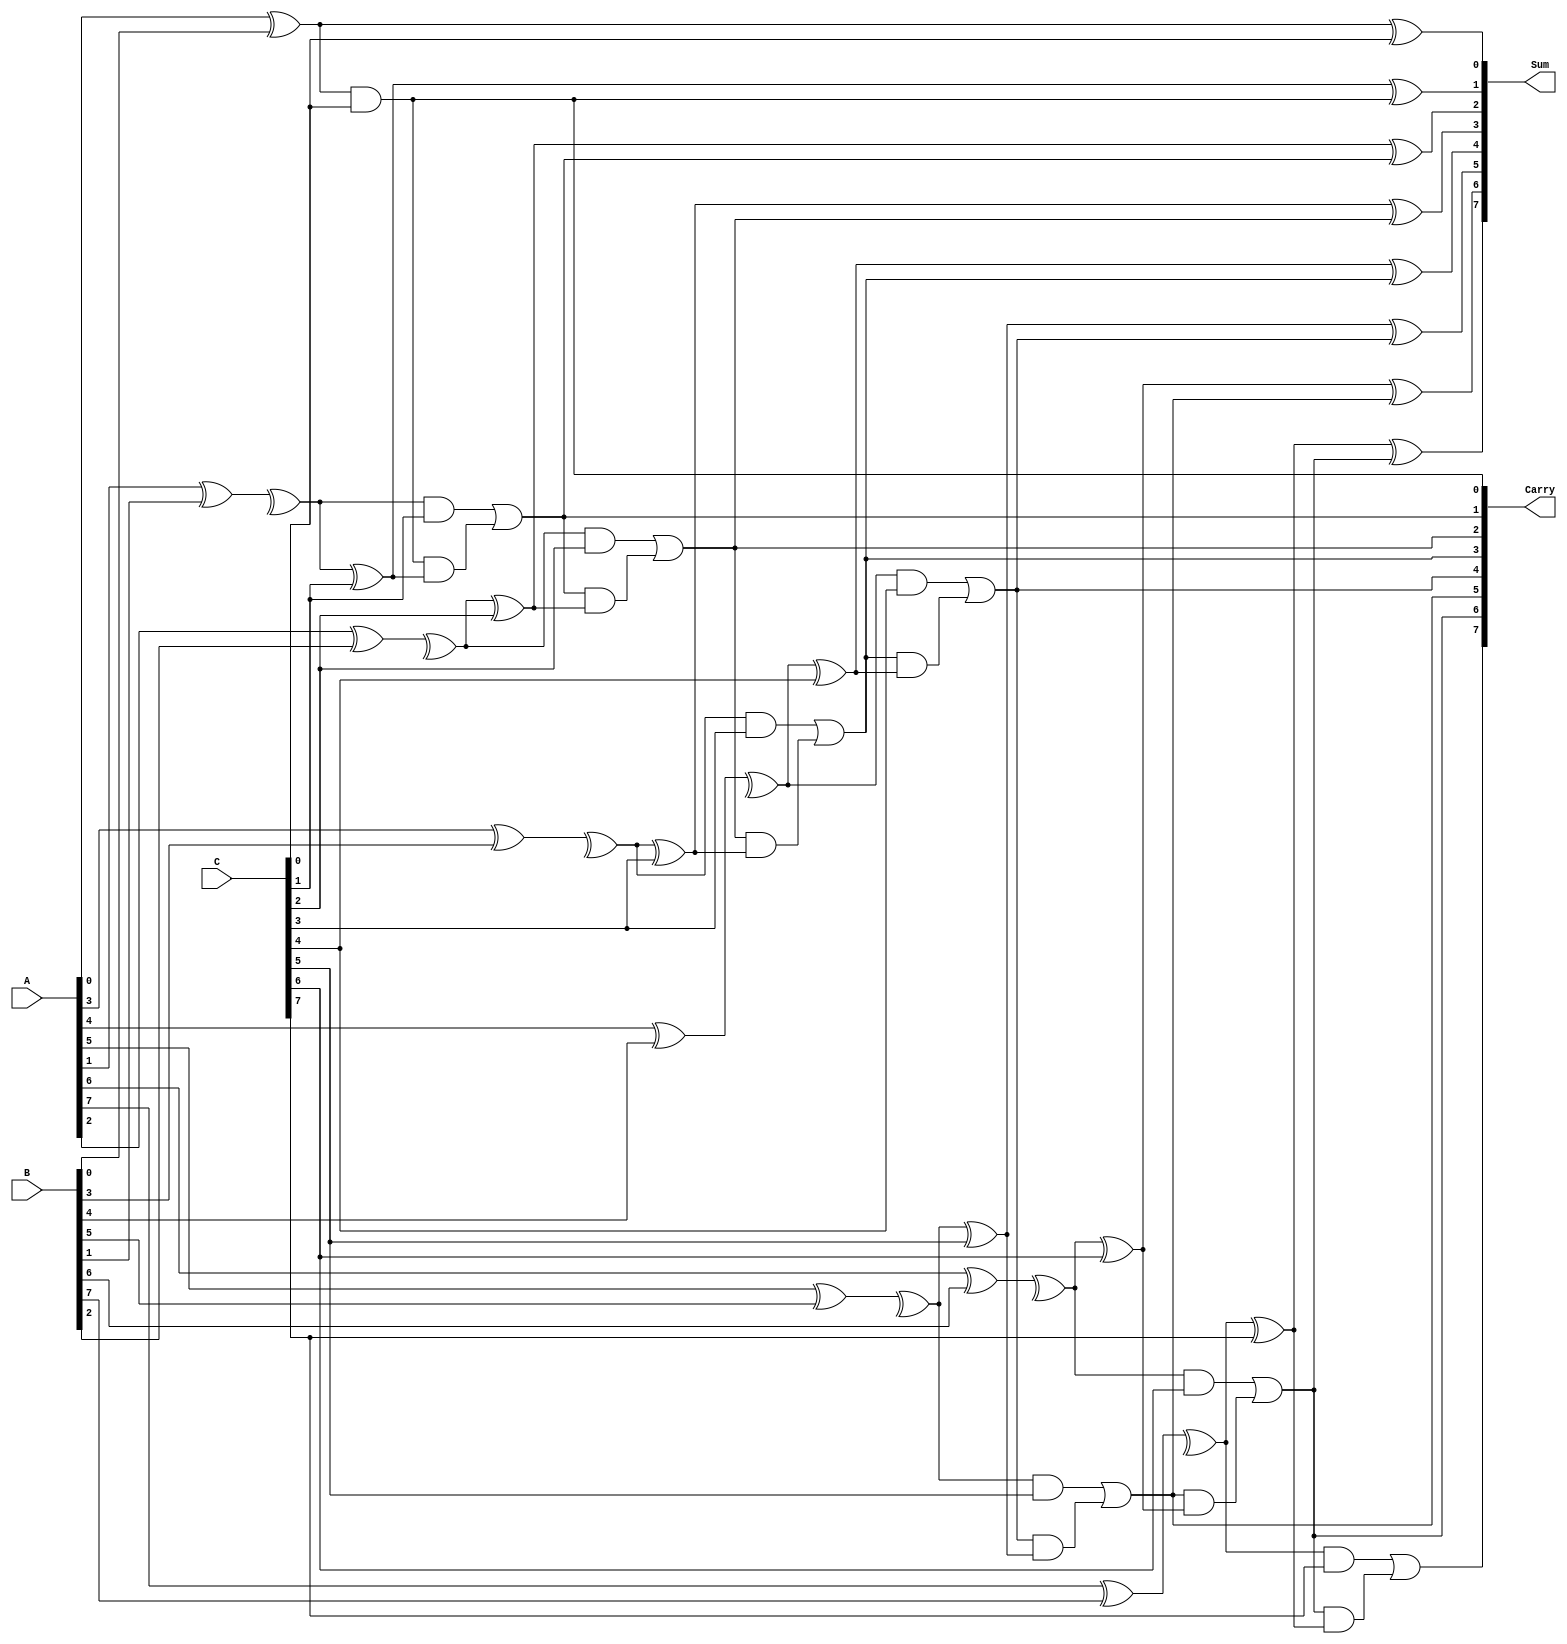
module dynamic_carry_save_adder #(parameter N = 8) (
    input  [N-1:0] A,      // First input
    input  [N-1:0] B,      // Second input
    input  [N-1:0] C,      // Third input (can be extended for more inputs)
    output [N-1:0] Sum,     // Sum output
    output [N-1:0] Carry    // Carry output
);

    wire [N-1:0] HA_sum, HA_carry; // Half adder outputs
    wire [N-1:0] FA_sum, FA_carry; // Full adder outputs
    wire [N-1:0] temp_carry;        // Temporary carry wires

    // Half Adder for A and B
    genvar i;
    generate
        for (i = 0; i < N; i = i + 1) begin : HA
            if (i == 0) begin
                assign HA_sum[i] = A[i] ^ B[i]; // Sum
                assign HA_carry[i] = A[i] & B[i]; // Carry
            end else begin
                assign HA_sum[i] = A[i] ^ B[i] ^ temp_carry[i-1]; // Sum
                assign HA_carry[i] = (A[i] & B[i]) | (temp_carry[i-1] & (A[i] ^ B[i])); // Carry
            end
        end
    endgenerate

    // Full Adder for HA_sum and C
    generate
        for (i = 0; i < N; i = i + 1) begin : FA
            if (i == 0) begin
                assign FA_sum[i] = HA_sum[i] ^ C[i]; // Sum
                assign FA_carry[i] = HA_sum[i] & C[i]; // Carry
            end else begin
                assign FA_sum[i] = HA_sum[i] ^ C[i] ^ FA_carry[i-1]; // Sum
                assign FA_carry[i] = (HA_sum[i] & C[i]) | (FA_carry[i-1] & (HA_sum[i] ^ C[i])); // Carry
            end
        end
    endgenerate

    // Final outputs
    assign Sum = FA_sum;
    assign Carry = FA_carry;

endmodule